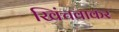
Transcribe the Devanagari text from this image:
खिंचवाकर